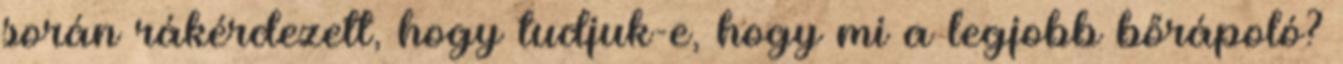
során rákérdezett, hogy tudjuk-e, hogy mi a legjobb bőrápoló?